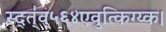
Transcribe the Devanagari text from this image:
स्द्त्॑व्५६४एवुत्किग्य्क।